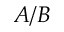
A / B